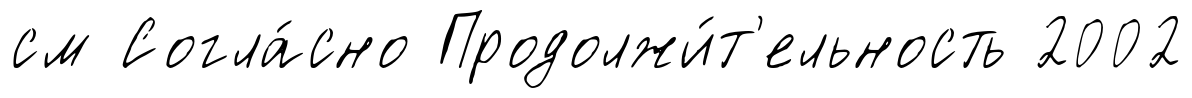
см Согла́сно Продолжи́т'ельность 2002